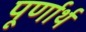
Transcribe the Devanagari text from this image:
पूर्णार्थ